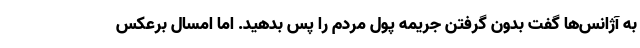
به آژانس‌ها گفت بدون گرفتن جریمه پول مردم را پس بدهید. اما امسال برعکس